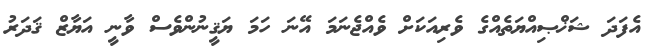
އެފަދަ ޝަޚްޞިއްޔަތެއްގެ ވެރިއަކަށް ވެއްޖެނަމަ އޭނަ ހަމަ ޔަޤީނުންވެސް ވާނީ އަޔާޒް ޤަދަރު